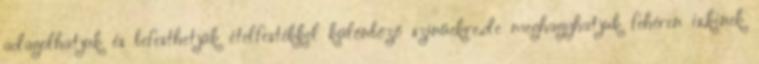
adagolhatjuk és befesthetjük ételfestékkel különböző színűekre,de meghagyhatjuk fehéren is,kinek